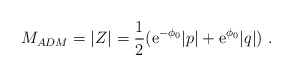
\begin{align*}M_{ADM} =|Z| = {1\over 2} ({\mbox{e}}^{-\phi_0} |p| + {\mbox{e}}^{\phi_0} |q|)\ .\end{align*}